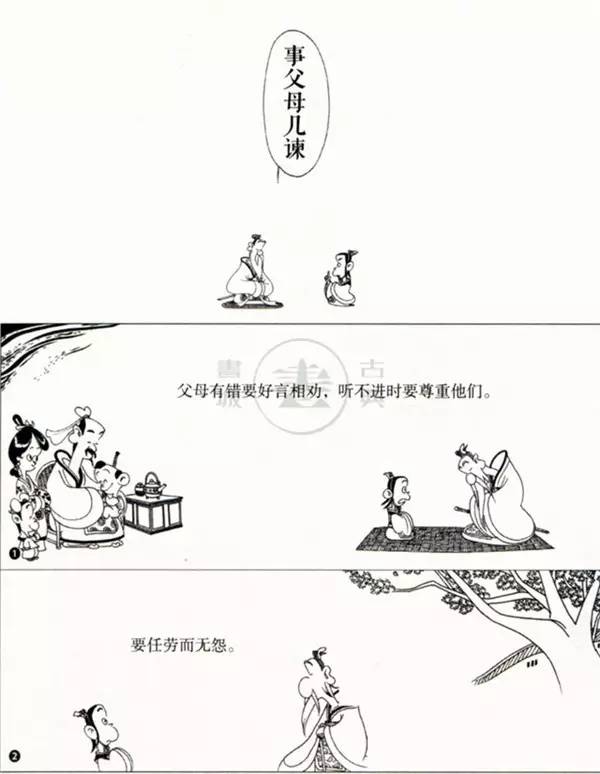
事父母，几谏，谏志不从，又敬不违，劳而不怨。